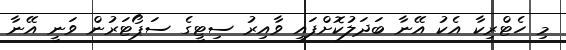
މި ހެޓްރިކާ އެކު އޭނާ ބަދަލުކޮށްފައި ވާއިރު ސިޓީގެ ސަޕޯޓަރުން ވަނީ އޭނާ